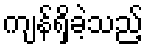
ကျန်ရှိခဲ့သည့်